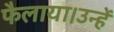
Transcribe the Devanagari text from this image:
फैलाया।उन्हें